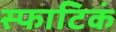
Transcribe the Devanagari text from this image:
स्फाटिकं